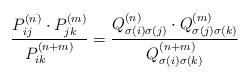
LaTeX: \begin{align*} \frac{P^{(n)}_{ij} \cdot P^{(m)}_{jk} }{P^{(n+m)}_{ik}} = \frac{ Q^{(n)}_{\sigma(i) \sigma(j)} \cdot Q^{(m)}_{\sigma(j) \sigma(k)}}{Q^{(n+m)}_{\sigma(i) \sigma(k)}} \end{align*}